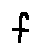
f